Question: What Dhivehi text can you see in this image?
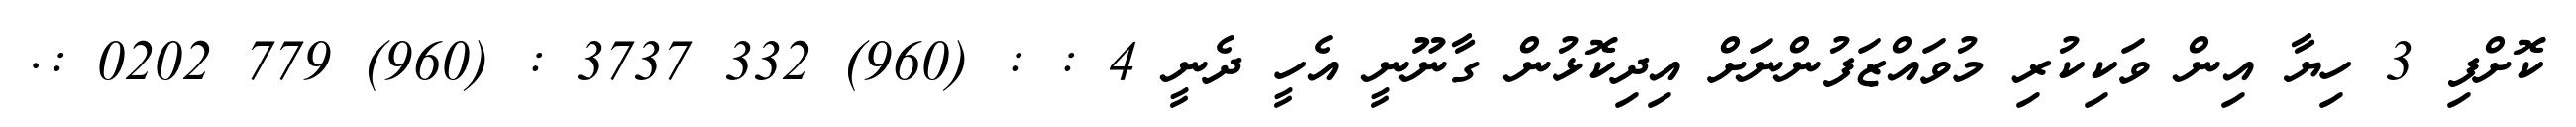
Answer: ކޮށްފި 3 ހިޔާ އިން ވަކިކުރި މުވައްޒަފުންނަށް އިދިކޮޅުން ގާނޫނީ އެހީ ދެނީ 4 : : (960) 332 3737 : (960) 779 0202 :.